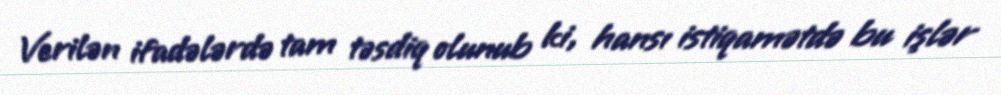
Verilən ifadələrdə tam təsdiq olunub ki, hansı istiqamətdə bu işlər